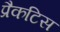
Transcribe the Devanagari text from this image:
प्रैकटिस